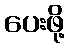
ပေးဖို့